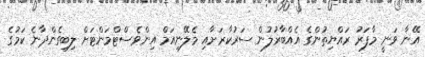
އޭނާ ވަނީ މާފަރު ރައްޔިތުންގެ އެއްބާރުލުން ސަރުކާރަށާއި މެލޭނިއަމް އިންވެސްޓްމަންޓަށް ލިބިގެންދާނެ ކަމުގެ